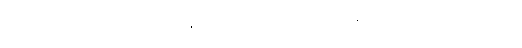
ထင်တတ်၏။ လဟုရူပပဒဋ္ဌာနာ၊ ပေါ့ ပါးသောရုပ်လျှင် နီးစွာသောအကြောင်းရှိ၏။